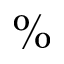
\%